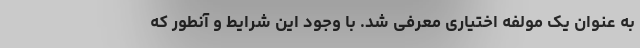
به عنوان یک مولفه اختیاری معرفی شد. با وجود این شرایط و آنطور که